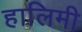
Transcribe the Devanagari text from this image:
हालिमी